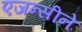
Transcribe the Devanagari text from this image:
एजन्सीने